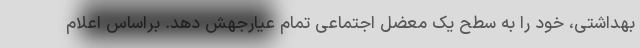
بهداشتی، خود را به سطح یک معضل اجتماعی تمام عیارجهش دهد. براساس اعلام